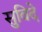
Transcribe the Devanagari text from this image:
सुविदे